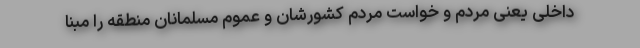
داخلی یعنی مردم و خواست مردم کشورشان و عموم مسلمانان منطقه را مبنا